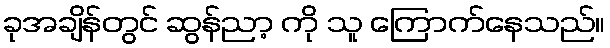
ခုအချိန်တွင် ဆွန်ညာ့ ကို သူ ကြောက်နေသည်။